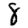
Digit: 8